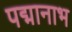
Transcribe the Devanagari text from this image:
पद्मानाभ